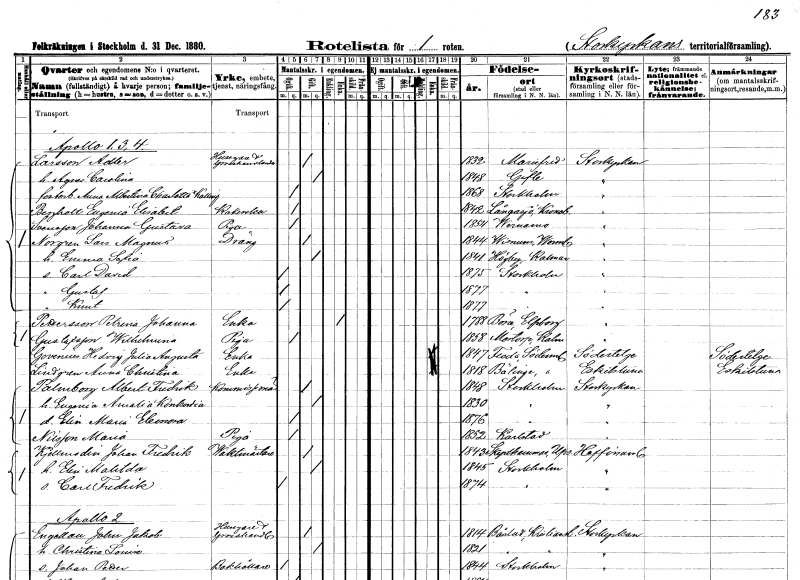
gt_parse: households: individuals: FN: Adler
EN: Larsson
YRKE: Husägare Grosshandlare
KON: M
CIV: G
FODAR: 1832
FODFORS: Mariefred Södermanlands län
FN: Agnes Carolina
KON: K
CIV: G
FODAR: 1848
FODFORS: Gävle Gävleborgs län
FN: Anna Albertina Charlotta
EN: Kalling
KON: K
CIV: O
FODAR: 1868
FODFORS: Stockholm
FN: Eugenia Elisabet
EN: Bergholt
YRKE: Kokerska
KON: K
CIV: O
FODAR: 1842
FODFORS: Långasjö Kalmar län
FN: Johanna Gustava
EN: Svensson
YRKE: Piga
KON: K
CIV: O
FODAR: 1854
FODFORS: Värnamo Jönköpings län
FN: Lars Magnus
EN: Norgren
YRKE: Dräng
KON: M
CIV: G
FODAR: 1844
FODFORS: Visnum Värmlands län
FN: Emma Sofia
KON: K
CIV: G
FODAR: 1841
FODFORS: Högby Kalmar län
FN: Carl David
KON: M
CIV: O
FODAR: 1875
FODFORS: Stockholm
FN: Gustaf
KON: M
CIV: O
FODAR: 1877
FODFORS: Stockholm
FN: Knut
KON: M
CIV: O
FODAR: 1877
FODFORS: Stockholm
FN: Petrena Johanna
EN: Pettersson
YRKE: Änka
KON: K
CIV: E
FODAR: 1788
FODFORS: Böne Älvsborgs län
FN: Wilhelmina
EN: Gustafsson
YRKE: Piga
KON: K
CIV: O
FODAR: 1858
FODFORS: Mortorp Kalmar län
FN: Hedvig Julia Augusta
EN: Govenius
YRKE: Änka
KON: K
CIV: E
FODAR: 1847
FODFORS: Floda Södermanlands län
FN: Anna Christina
EN: Lindgren
YRKE: Änka
KON: K
CIV: E
FODAR: 1818
FODFORS: Bälinge Södermanlands län
FN: Albert Fredrik
EN: Palmborg
YRKE: Kommissionär
KON: M
CIV: G
FODAR: 1848
FODFORS: Stockholm
FN: Eugenia Amalia Konkordia
KON: K
CIV: G
FODAR: 1830
FODFORS: Stockholm
FN: Elin Maria Eleonora
KON: K
CIV: O
FODAR: 1876
FODFORS: Stockholm
FN: Maria
EN: Nilsson
YRKE: Piga
KON: K
CIV: O
FODAR: 1852
FODFORS: Karlstad Värmlands län
FN: Johan Fredrik
EN: Kjellmodin
YRKE: Vaktmästare
KON: M
CIV: G
FODAR: 1843
FODFORS: Skäfthammar Uppsala län
FN: Elin Matilda
KON: K
CIV: G
FODAR: 1845
FODFORS: Stockholm
FN: Carl Fredrik
KON: M
CIV: O
FODAR: 1874
FODFORS: Stockholm